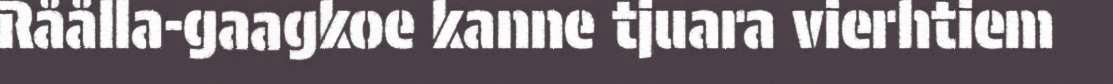
Råålla-gaagkoe kanne tjuara vierhtiem